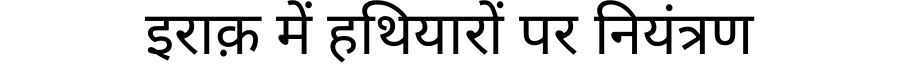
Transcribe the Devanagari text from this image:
इराक़ में हथियारों पर नियंत्रण